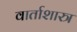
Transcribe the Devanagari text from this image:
वार्ताशास्त्र